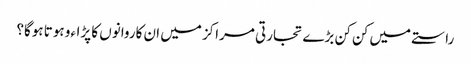
راستے میں کن کن بڑے تجارتی مراکز میں ان کاروانوں کا پڑاءو ہوتا ہوگا؟